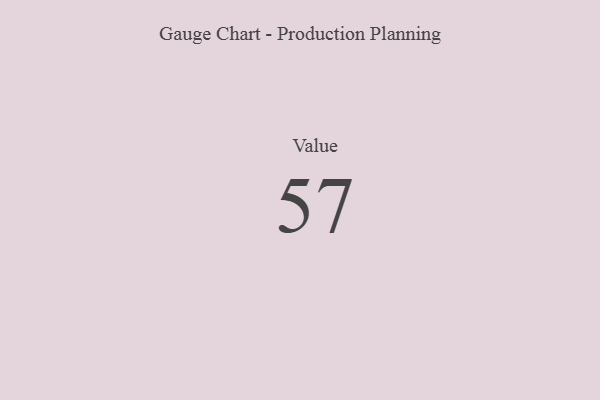
{"axis": {"x": "Metric", "y": "Value"}, "legend": [""], "data": [{"x": "Value", "y": 57, "type": ""}]}